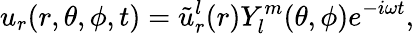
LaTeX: u_{r}(r,\theta,\phi,t)=\tilde{u}_{r}^{l}(r)Y_{l}^{m}(\theta,\phi)e^{-i\omega t},